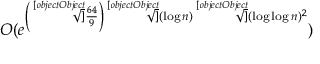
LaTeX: O ( e ^ { \left( { \sqrt [ [object Object] ] { \frac { 6 4 } { 9 } } } \right) { \sqrt [ [object Object] ] { ( \log n ) } } { \sqrt [ [object Object] ] { ( \log \log n ) ^ { 2 } } } } )